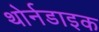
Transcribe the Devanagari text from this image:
थोर्नडाइक